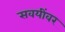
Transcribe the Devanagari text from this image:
सवयींवर